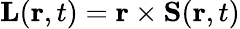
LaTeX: \mathbf{L}(\mathbf{r},t)=\mathbf{r}\times\mathbf{S}(\mathbf{r},t)